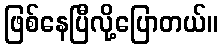
ဖြစ်နေပြီလို့ပြောတယ်။